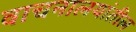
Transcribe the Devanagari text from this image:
वाचनालयांतील